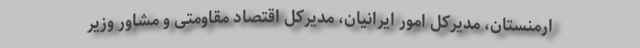
ارمنستان، مدیرکل امور ایرانیان، مدیرکل اقتصاد مقاومتی و مشاور وزیر